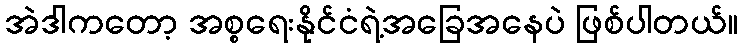
အဲဒါကတော့ အစ္စရေးနိုင်ငံရဲ့အခြေအနေပဲ ဖြစ်ပါတယ်။